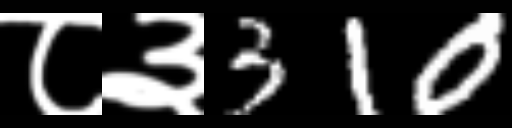
Text: ८३310